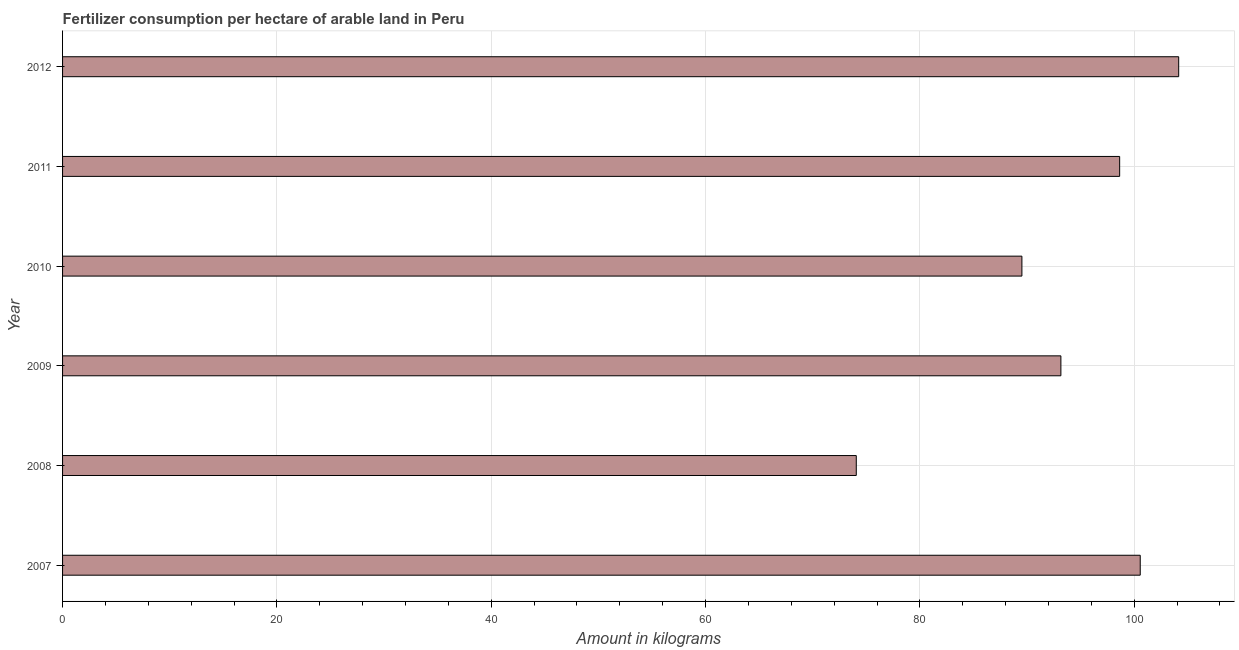
| Year | Fertilizer consumption |
 | --- | --- |
 | 2007 | 101 |
 | 2008 | 74.1 |
 | 2009 | 93.2 |
 | 2010 | 89.5 |
 | 2011 | 98.6 |
 | 2012 | 104 |